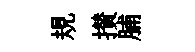
規攅脯